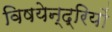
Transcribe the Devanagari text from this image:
विषयेन्द्रियों